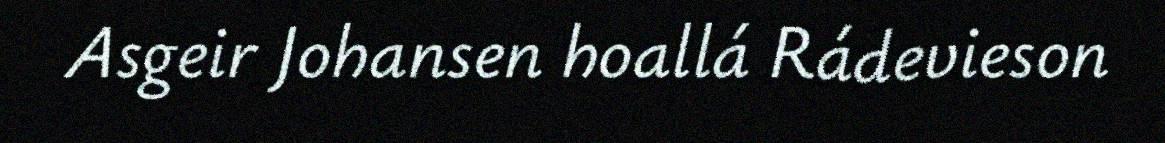
Asgeir Johansen hoallá Rádevieson